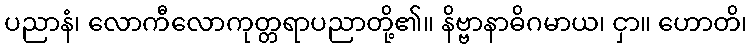
ပညာနံ၊ လောကီလောကုတ္တရာပညာတို့၏။ နိဗ္ဗာနာဓိဂမာယ၊ ငှာ။ ဟောတိ၊